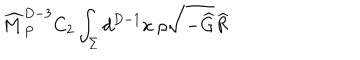
{ \widehat M } _ { P } ^ { D - 3 } C _ { 2 } \int _ { \Sigma } d ^ { D - 1 } x ~ \rho \sqrt { - { \widehat G } } { \widehat R }